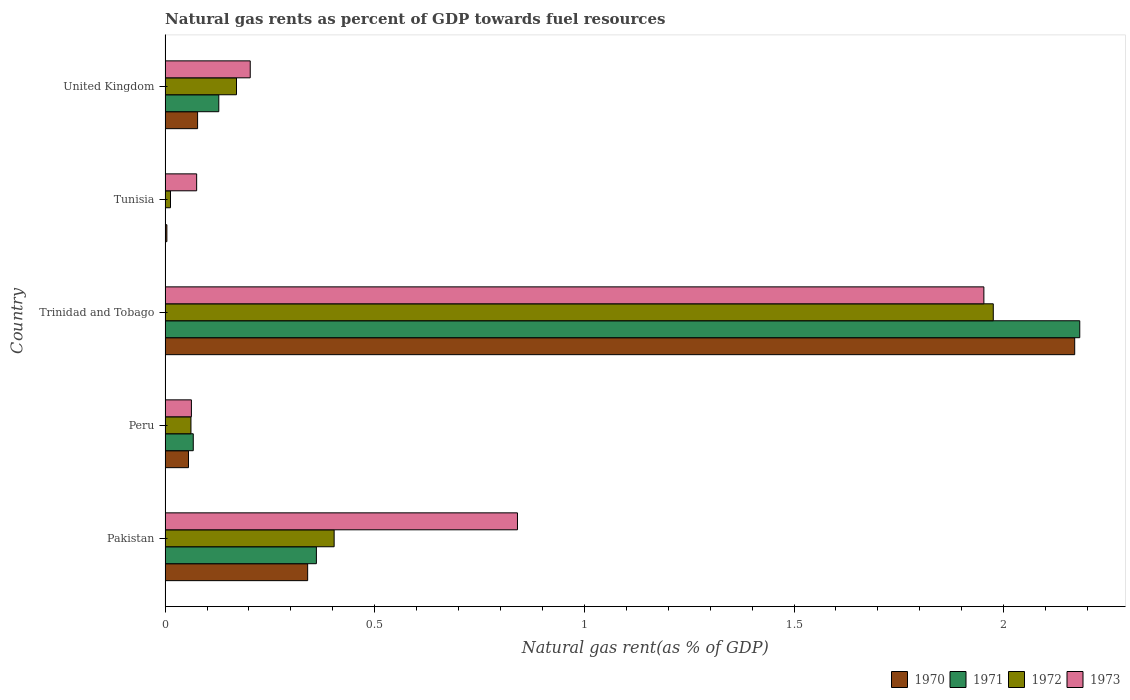
| Country | 1970 | 1971 | 1972 | 1973 |
 | --- | --- | --- | --- | --- |
 | Pakistan | 0.34 | 0.361 | 0.403 | 0.84 |
 | Peru | 0.0558 | 0.0672 | 0.0617 | 0.0628 |
 | Trinidad and Tobago | 2.17 | 2.18 | 1.98 | 1.95 |
 | Tunisia | 0.00424 | 0.000742 | 0.0129 | 0.0753 |
 | United Kingdom | 0.0775 | 0.128 | 0.17 | 0.203 |